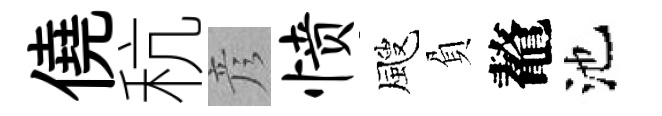
僥秔彦愤颼負鼇池